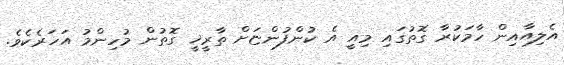
އެލިއާއިން ހާމަކުރާ ގޮތުގައި މިއީ އެ ކުންފުންޏަށް ތާރީޚީ ގޮތުން މުހިންމު އަހަރެކެވެ.